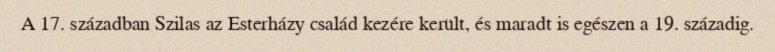
A 17. században Szilas az Esterházy család kezére került, és maradt is egészen a 19. századig.